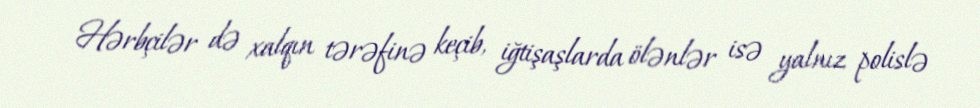
Hərbçilər də xalqın tərəfinə keçib, iğtişaşlarda ölənlər isə yalnız polislə